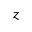
z